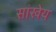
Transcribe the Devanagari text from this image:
सांखेय